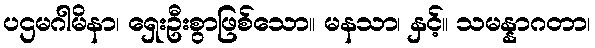
ပဌမဂါမိနာ၊ ရှေးဦးစွာဖြစ်သော။ မနသာ၊ နှင့်။ သမန္နာဂတာ၊